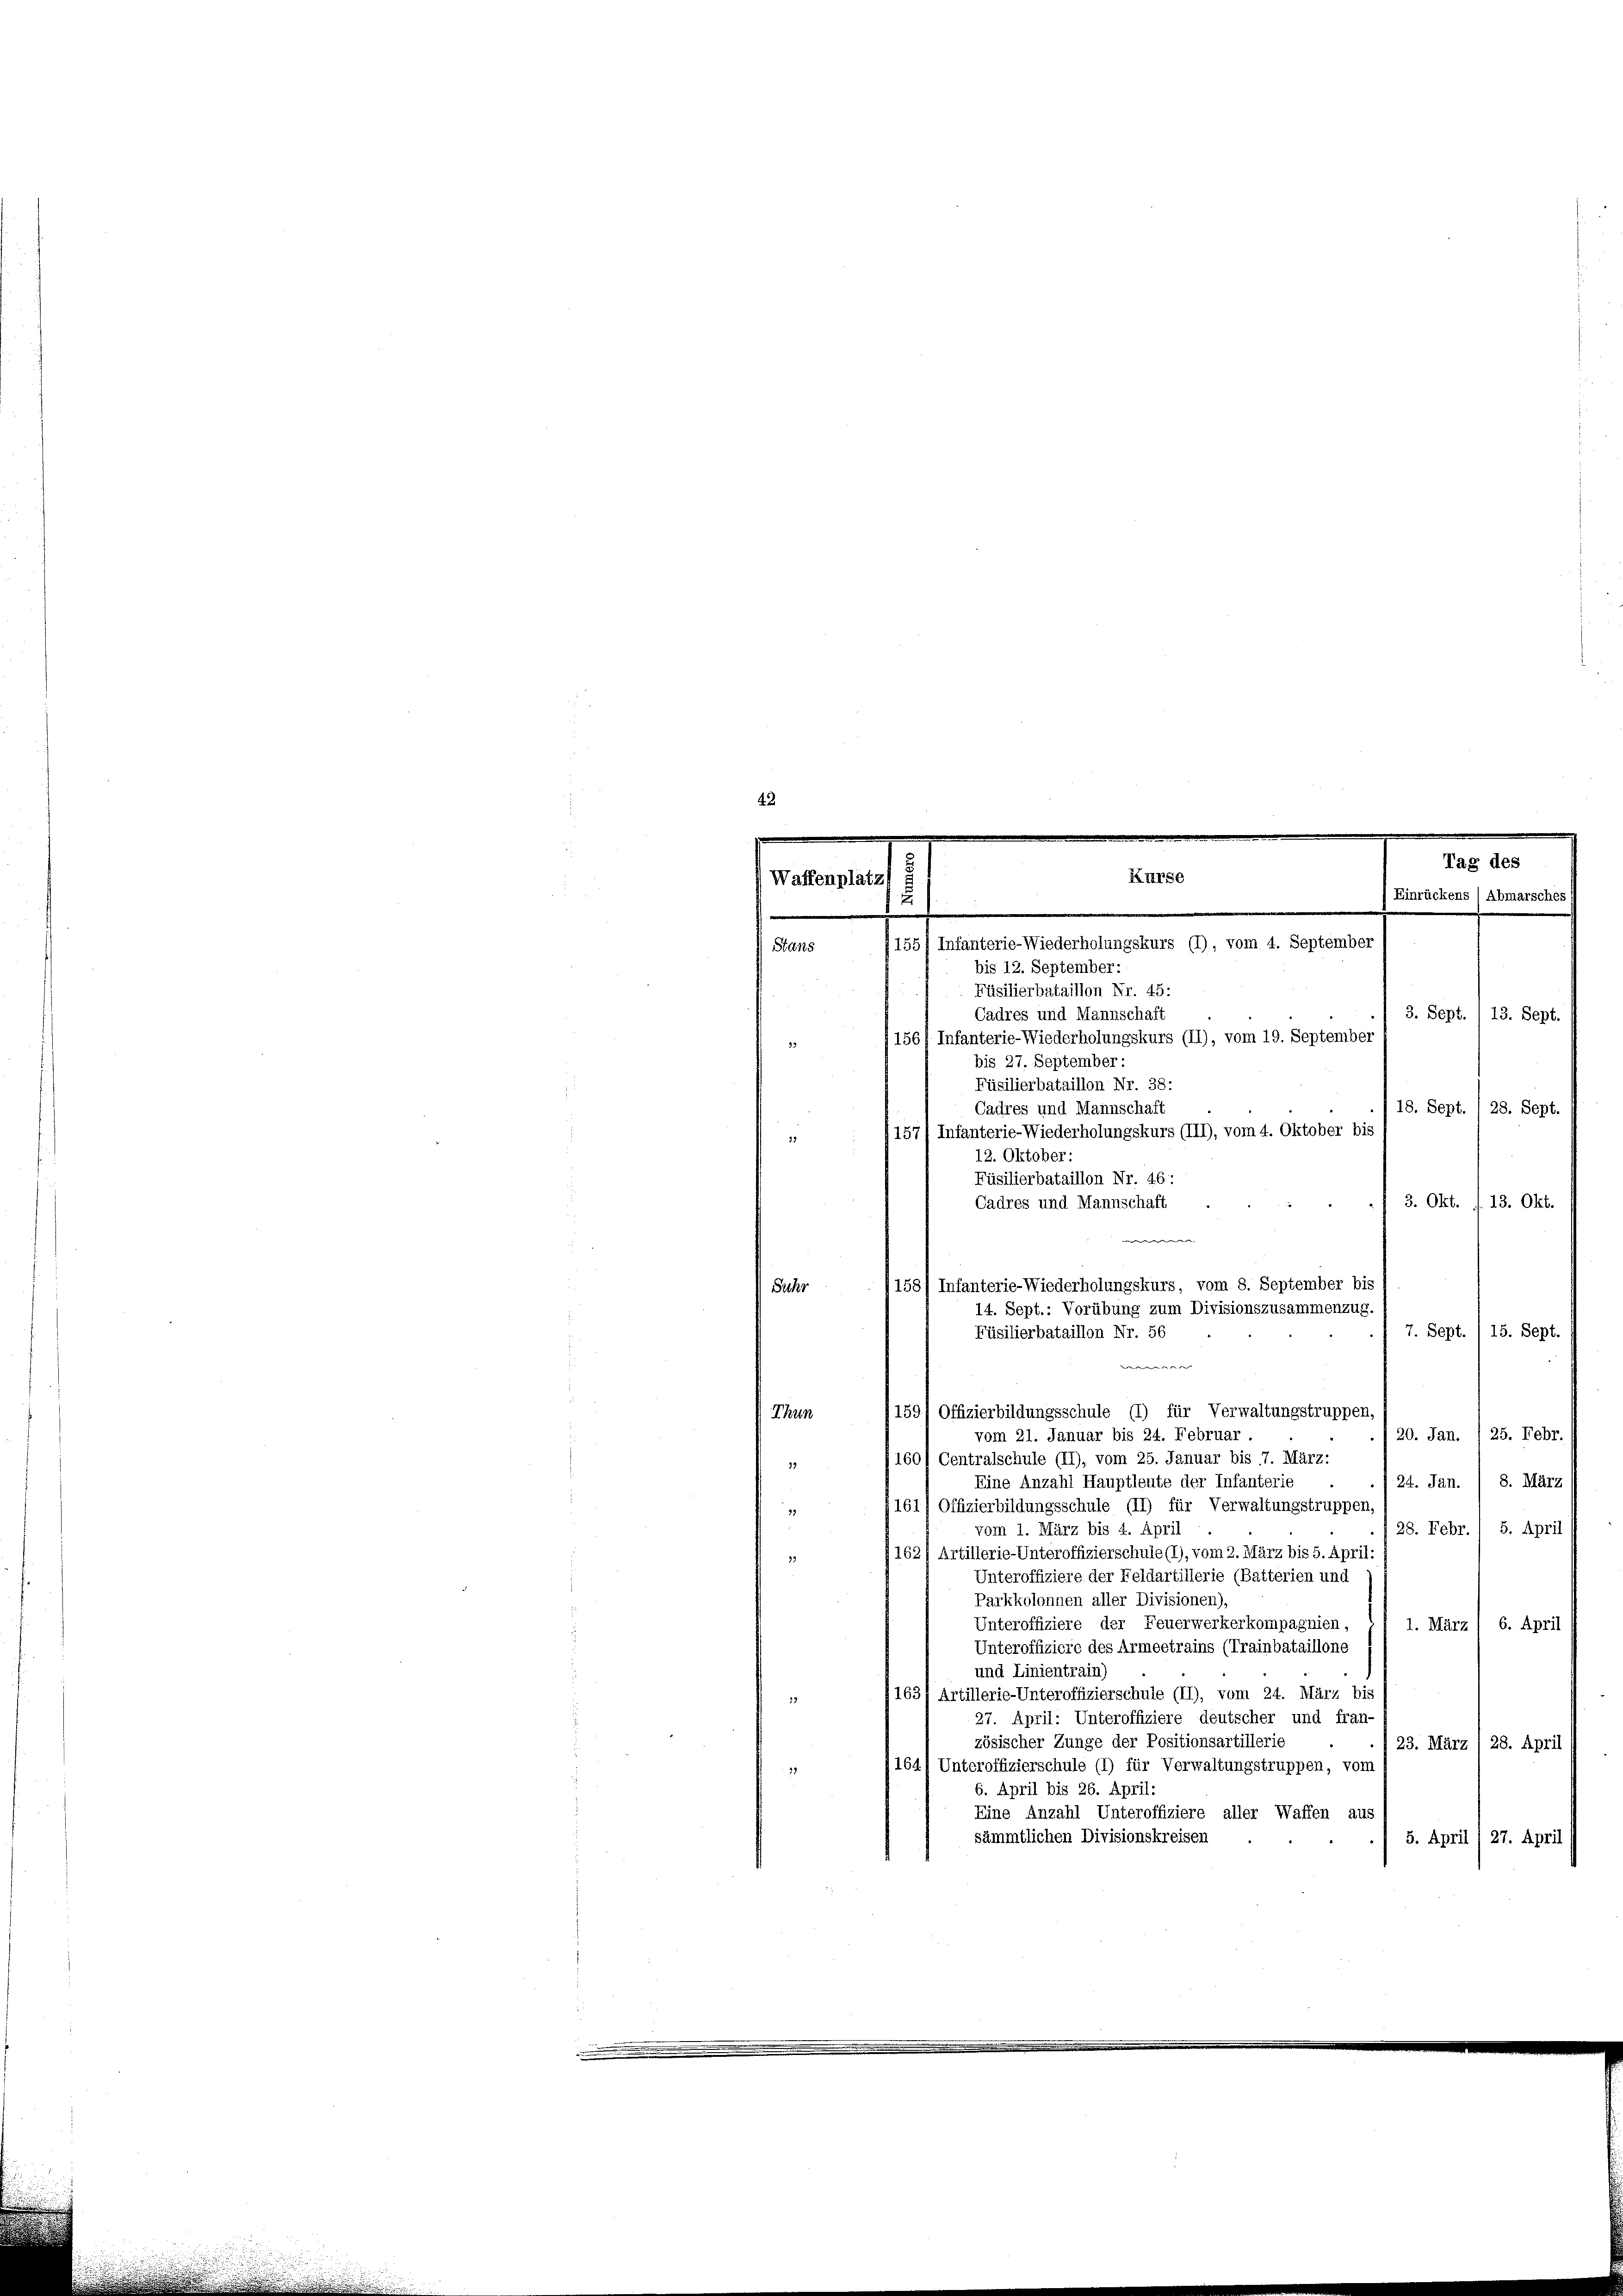
Waffenplatz
Stans
19

Kurse
.
155) Infanterie-Wiederholungskurs (1), vom 4. September

158) Infanterie-Wiederholungskurs, vom 8. September bis
14. Sept.: Vorübung zum Divisionszusammenzug.
Füsilierbataillon Nr. 56
ee

Tag des
Einrückens (Abmarsches
3. Sept. / 13. Sept.
18. Sept. / 28. Sept

bis 12. September:
Füsilierbataillon Nr. 45:
Cadres und Mannschaft
156f Infanterie-Wiederholungskurs (II), vom 19. September
bis 27. September:
Füsilierbataillon Nr. 38:
Cadres und Mannschaft
157/ Infanterie-Wiederholungskurs (III), vom 4. Oktober bis
12. Oktober:
Füsilierbataillon Nr. 46:
3. Okt. f. 13. Okt.
Cadres und Mannschaft
e
Sechs
7. Sept. 1 15. Sept
159/ Offizierbildungsschule (1) für Verwaltungstruppen
Thun
20. Jan. / 25. Febr.
vom 21. Januar bis 24. Februar.
1601 Centralschule (II), vom 25. Januar bis 7. März:
13
Eine Anzahl Hauptleute der Infanterie
24. Jan. / 8. März
161) Offizierbildungsschule (II) für Verwaltungstruppen,
23
vom 1. März bis 4. April
28. Febr. / 5. April
162) Artillerie-Unteroffizierschule (1), vom 2. März bis 5. April:
Unteroffiziere der Feldartillerie (Batterien und
Parkkolonnen aller Divisionen),
Unteroffiziere der Feuerwerkerkompagnien,
1. März/ 6. April
Unteroffiziere des Armeetrains (Trainbataillone
und Linientrain)
163 Artillerie-Unteroffizierschule (II), vom 24. März bis
27. April: Unteroffiziere deutscher und fran-
zösischer Zunge der Positionsartillerie
23. März / 28. April
1641 Unteroffizierschule (1) für Verwaltungstruppen, vom
31
6. April bis 26. April.
Eine Anzahl Unteroffiziere aller Waffen aus
sämmtlichen Divisionskreisen
5. April / 27. April